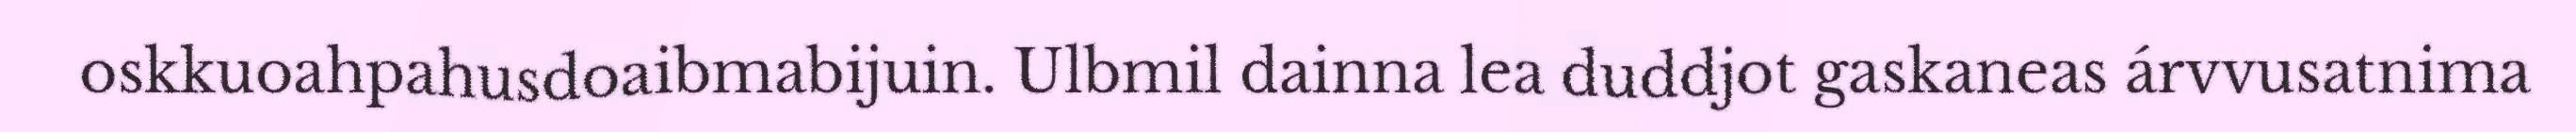
oskkuoahpahusdoaibmabijuin. Ulbmil dainna lea duddjot gaskaneas árvvusatnima